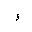
Letter: _waw